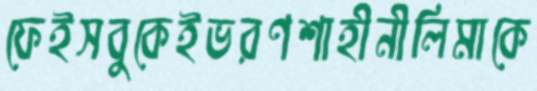
ফেইসবুকেইভরণশাহীনীলিমাকে